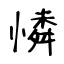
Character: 憐